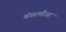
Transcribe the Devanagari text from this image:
बंगरमौआ